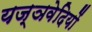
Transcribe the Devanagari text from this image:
यज्ञवेदियों